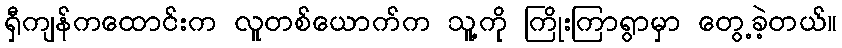
ရှီကျန်ကထောင်းက လူတစ်ယောက်က သူ့ကို ကြိုးကြာရွာမှာ တွေ့ခဲ့တယ်။